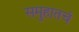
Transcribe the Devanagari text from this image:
समुहातचं